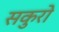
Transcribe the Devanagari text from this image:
सकुरो